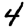
Digit: 4